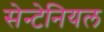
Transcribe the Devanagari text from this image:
सेन्टेनियल